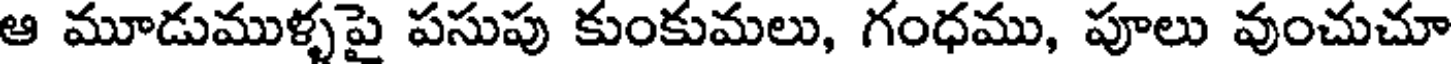
ఆ మూడుముళ్ళపై పసుపు కుంకుమలు, గంధము, పూలు వుంచుచూ